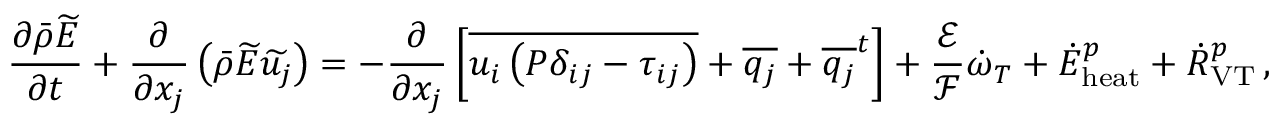
\frac { \partial \bar { \rho } \widetilde { E } } { \partial t } + \frac { \partial } { \partial x _ { j } } \left( \bar { \rho } \widetilde { E } \widetilde { u _ { j } } \right) = - \frac { \partial } { \partial x _ { j } } \left[ \overline { { u _ { i } \left( P \delta _ { i j } - \tau _ { i j } \right) } } + \overline { { q _ { j } } } + { \overline { { q _ { j } } } ^ { t } } \right] + \frac { \mathcal { E } } { \mathcal { F } } \dot { \omega } _ { T } + { \dot { E } } _ { \mathrm { h e a t } } ^ { p } + { \dot { R } } _ { \mathrm { V T } } ^ { p } \, \mathrm { , }